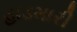
હાડમારી